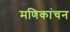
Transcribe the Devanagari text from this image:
मणिकांचन